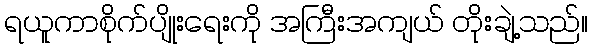
ရယူကာစိုက်ပျိုးရေးကို အကြီးအကျယ် တိုးချဲ့သည်။